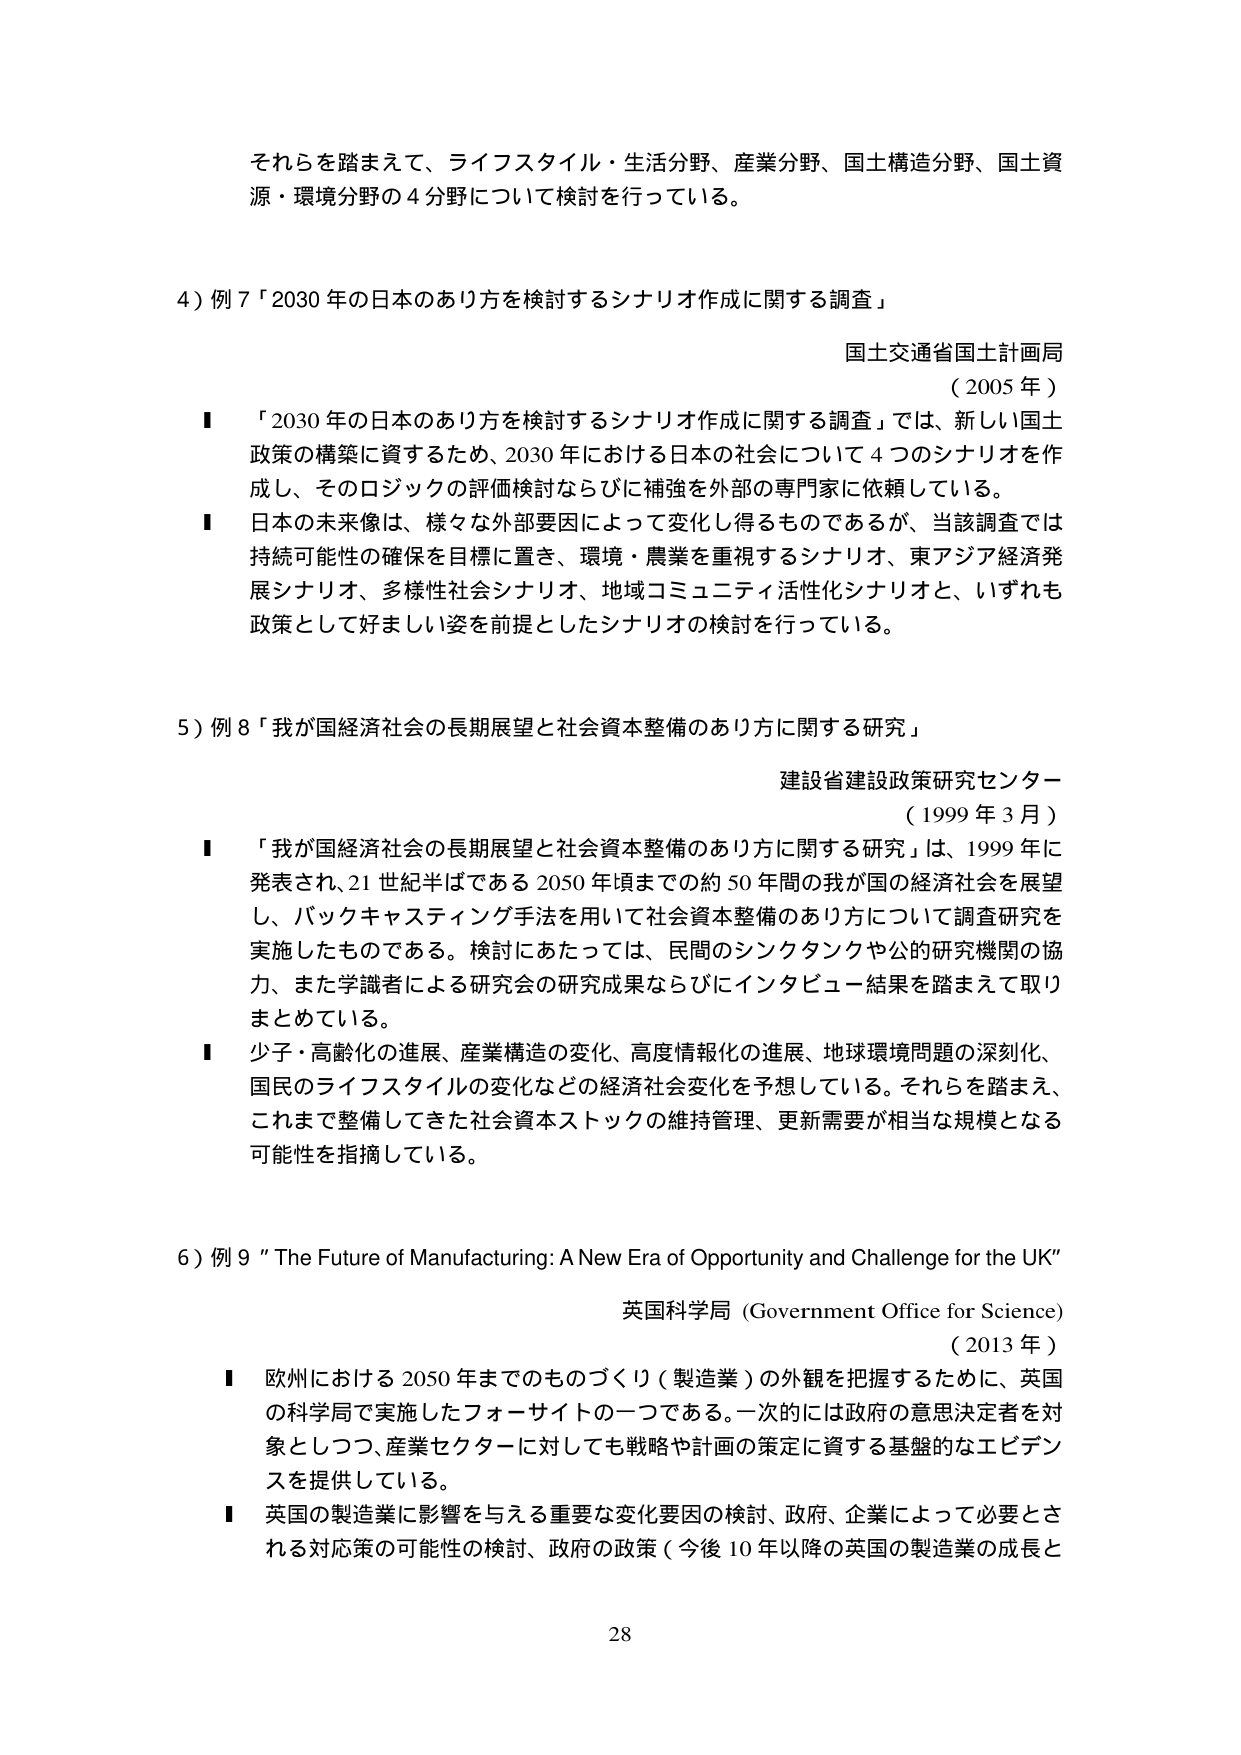
それらを踏まえて、ライフスタイル・生活分野、産業分野、国土構造分野、国土資源・環境分野の4分野について検討を行っている。

4）例7「2030年の日本のあるべき姿を検討するシナリオ作成に関する調査」
国土交通省国土計画局
（2005年）
■「2030年の日本のあるべき姿を検討するシナリオ作成に関する調査」では、新しい国土政策の構築に資するため、2030年における日本の社会について4つのシナリオを作成し、そのロジックの評価検討ならびに補強を外部の専門家に依頼している。
■日本の未来像は、様々な外部要因によって変化し得るものであるが、当該調査では持続可能性の確保を目標に置き、環境・農業を重視するシナリオ、東アジア経済発展シナリオ、多様性社会シナリオ、地域コミュニティ活性化シナリオと、いずれも政策として好ましい姿を前提としたシナリオの検討を行っている。

5）例8「我が国経済社会の長期展望と社会資本整備のあり方に関する研究」
建設省建設政策研究センター
（1999年3月）
■「我が国経済社会の長期展望と社会資本整備のあり方に関する研究」は、1999年に発表され、21世紀半ばである2050年頃までの約50年間の我が国の経済社会を展望し、バックキャスティング手法を用いて社会資本整備のあり方について調査研究を実施したものである。検討にあたっては、民間のシンクタンクや公的研究機関の協力、また学識者による研究会の研究成果ならびにインタビュー結果を踏まえて取りまとめている。
■少子・高齢化の進展、産業構造の変化、高度情報化の進展、地球環境問題の深刻化、国民のライフスタイルの変化などの経済社会変化を予想している。それらを踏まえ、これまで整備してきた社会資本ストックの維持管理、更新需要が相当な規模となる可能性を指摘している。

6）例9 "The Future of Manufacturing: A New Era of Opportunity and Challenge for the UK"
英国科学局（Government Office for Science）
（2013年）
■欧州における2050年までのものづくり（製造業）の外観を把握するために、英国の科学局で実施したフォーサイトの一つである。一次的には政府の意思決定者を対象としつつ、産業セクターに対しても戦略や計画の策定に資する基盤的なエビデンスを提供している。
■英国の製造業に影響を与える重要な変化要因の検討、政府、企業によって必要とされる対応策の可能性の検討、政府の政策（今後10年以降の英国の製造業の成長と

28